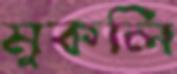
মুকলি